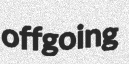
offgoing